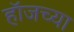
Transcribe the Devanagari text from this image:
हॉजच्या